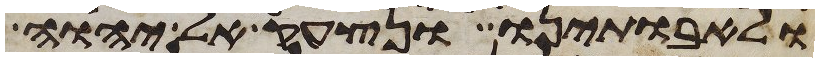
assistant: ולאבתינו ונצעק אל יהוה